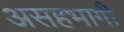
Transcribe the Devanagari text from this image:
असहभागी